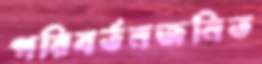
পরিবর্তনজনিত